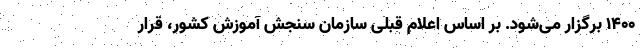
۱۴۰۰ برگزار می‌شود. بر اساس اعلام قبلی سازمان سنجش آموزش کشور، قرار